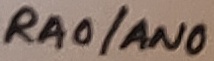
Text: RA1/AN1